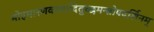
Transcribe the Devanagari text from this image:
मोहमारणवश्यादितुच्छमन्त्रोपदर्शिनम्